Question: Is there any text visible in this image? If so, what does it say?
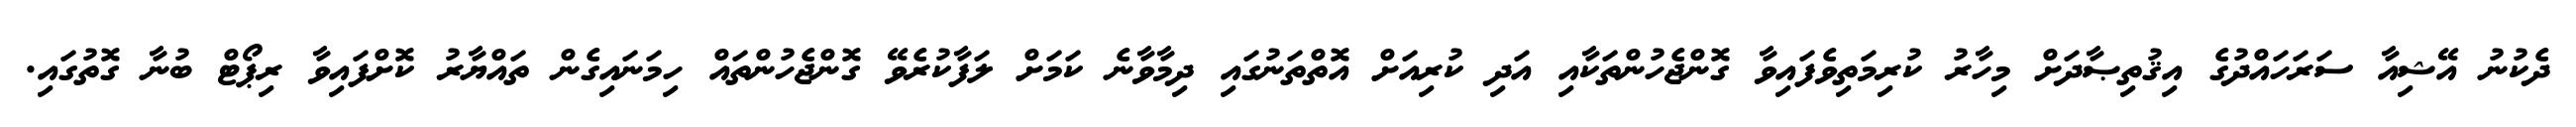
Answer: ދެކުނު އޭޝިއާ ސަރަހައްދުގެ އިޤުތިޞާދަށް މިހާރު ކުރިމަތިވެފައިވާ ގޮންޖެހުންތަކާއި އަދި ކުރިއަށް އޮތްތަނުގައި ދިމާވާނެ ކަމަށް ލަފާކުރެވޭ ގޮންޖެހުންތައް ހިމަނައިގެން ތައްޔާރު ކޮށްފައިވާ ރިޕޯޓް ބުނާ ގޮތުގައި.